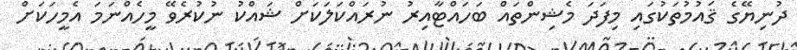
ދުނިޔޭގެ ޤައުމުތަކުގައި މިފަދަ މެޝިންތައް ބަހައްޓާއިރު ނުރައްކަލަކަށް ޝައްކު ނުކުރެވޭ މީހެއްނަމަ އެމީހަކަށް